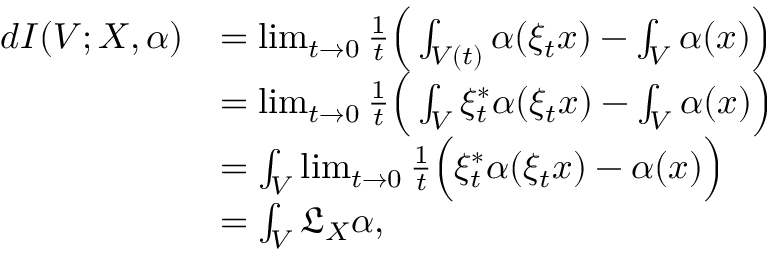
\begin{array} { r l } { d I ( V ; X , \alpha ) } & { = \operatorname* { l i m } _ { t \to 0 } \frac { 1 } { t } \Big ( \int _ { V ( t ) } \alpha ( \xi _ { t } x ) - \int _ { V } \alpha ( x ) \Big ) } \\ & { = \operatorname* { l i m } _ { t \to 0 } \frac { 1 } { t } \Big ( \int _ { V } \xi _ { t } ^ { \ast } \alpha ( \xi _ { t } x ) - \int _ { V } \alpha ( x ) \Big ) } \\ & { = \int _ { V } \operatorname* { l i m } _ { t \to 0 } \frac { 1 } { t } \Big ( \xi _ { t } ^ { \ast } \alpha ( \xi _ { t } x ) - \alpha ( x ) \Big ) } \\ & { = \int _ { V } \mathfrak { L } _ { X } \alpha , } \end{array}